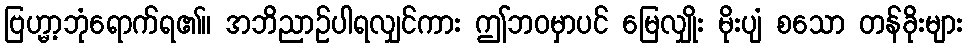
ဗြဟ္မာ့ဘုံရောက်ရ၏။ အဘိညာဉ်ပါရလျှင်ကား ဤဘဝမှာပင် မြေလျှိုး မိုးပျံ စသော တန်ခိုးများ